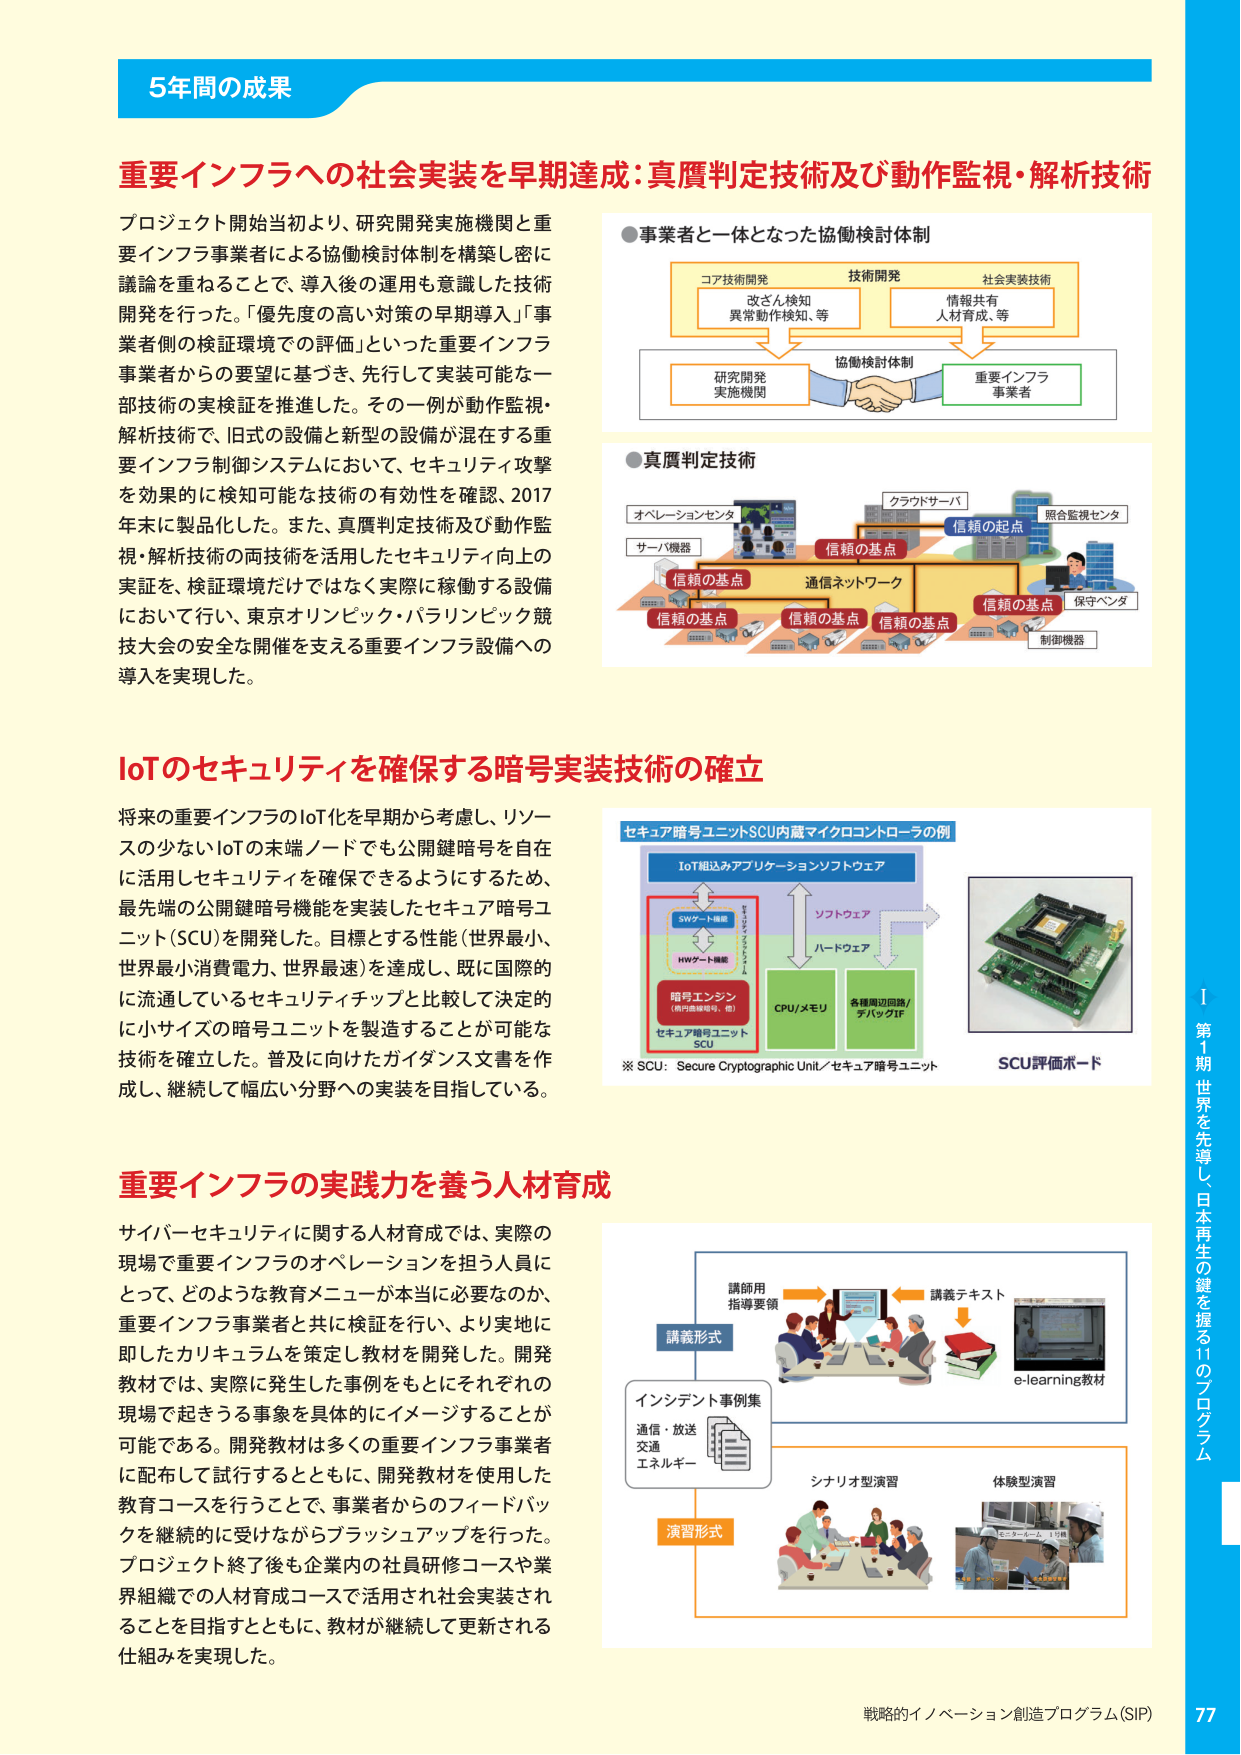
5年間の成果

重要インフラへの社会実装を早期達成：真贋判定技術及び動作監視・解析技術

プロジェクト開始当初より、研究開発実施機関と重要インフラ事業者による協働検討体制を構築し密に議論を重ねることで、導入後の運用を意識した技術開発を行った。「優先度の高い対策の早期導入」「事業者側の検証環境での評価」といった重要インフラ事業者からの要望に基づき、先行して実装可能な一部技術の実証検証を推進した。その一例が動作監視・解析技術で、旧式の設備と新型の設備が混在する重要インフラ制御システムにおいて、セキュリティ攻撃を効果的に検知可能な技術の有効性を確認、2017年末に製品化した。また、真贋判定技術及び動作監視・解析技術の両技術を活用したセキュリティ向上の実証を、検証環境だけではなく実際に稼働する設備において行い、東京オリンピック・パラリンピック競技大会の安全開催を支える重要インフラ設備への導入を実現した。

●事業者と一体となった協働検討体制
コア技術開発
改ざん検知
異常動作検知、等
技術開発
社会実装技術
情報共有
人材育成、等
研究開発
実施機関
協働検討体制
重要インフラ
事業者

●真贋判定技術
オペレーションセンタ
サーバ機器
クラウドサーバ
照合監視センタ
信頼の起点
信頼の基点
通信ネットワーク
信頼の基点
信頼の基点
信頼の基点
信頼の基点
保守ベンダ
制御機器

IoTのセキュリティを確保する暗号実装技術の確立

将来の重要インフラのIoT化を早期から考慮し、リソースの少ないIoTの末端ノードでも公開鍵暗号を自在に活用しセキュリティを確保できるようにするため、最先端の公開鍵暗号機能を実装したセキュア暗号ユニット（SCU）を開発した。目標とする性能（世界最小、世界最小消費電力、世界最速）を達成し、既に国際的に流通しているセキュリティチップと比較して決定的に小サイズの暗号ユニットを製造することが可能な技術を確立した。普及に向けたガイダンス文書を作成し、継続して幅広い分野への実装を目指している。

セキュア暗号ユニットSCU内蔵マイクロコントローラの例
IoT組込みアプリケーションソフトウェア
SWゲート機能
HWゲート機能
暗号エンジン
（楕円曲線暗号、他）
セキュア暗号ユニット
SCU
ソフトウェア
ハードウェア
CPU/メモリ
各種周辺回路/
デバッグIF
※ SCU：Secure Cryptographic Unit／セキュア暗号ユニット
SCU評価ボード

重要インフラの実践力を養う人材育成

サイバーセキュリティに関する人材育成では、実際の現場で重要インフラのオペレーションを担う人員にとって、どのような教育メニューが本当に必要なのか、重要インフラ事業者と共に検証を行い、より実地に即したカリキュラムを策定し教材を開発した。開発教材では、実際に発生した事例をもとにそれぞれの現場で起きうる事象を具体的にイメージすることが可能である。開発教材は多くの重要インフラ事業者に配布して試行するとともに、開発教材を使用した教育コースを行うことで、事業者からのフィードバックを継続的に受けながらブラッシュアップを行った。プロジェクト終了後も企業内の社員研修コースや業界組織での人材育成コースで活用され社会実装されることを目指すとともに、教材が継続して更新される仕組みを実現した。

講義形式
講師用
指導要領
講義テキスト
e-learning教材
インシデント事例集
通信・放送
交通
エネルギー
演習形式
シナリオ型演習
体験型演習
（シミュレータ、1号機）

戦略的イノベーション創造プログラム（SIP）
77

第1期 世界を先導し、日本再生の鍵を握る11のプログラム